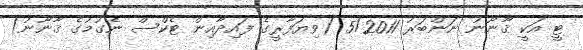
ޓީ އަކީ ޤާނޫނު ނަންބަރު 5/2011 (ވިޔަފާރީގެ ފައިދާއިން ޓެކްސް ނެގުމުގެ ޤާނޫނު)